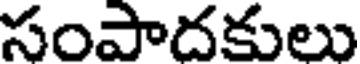
సంపాదకులు